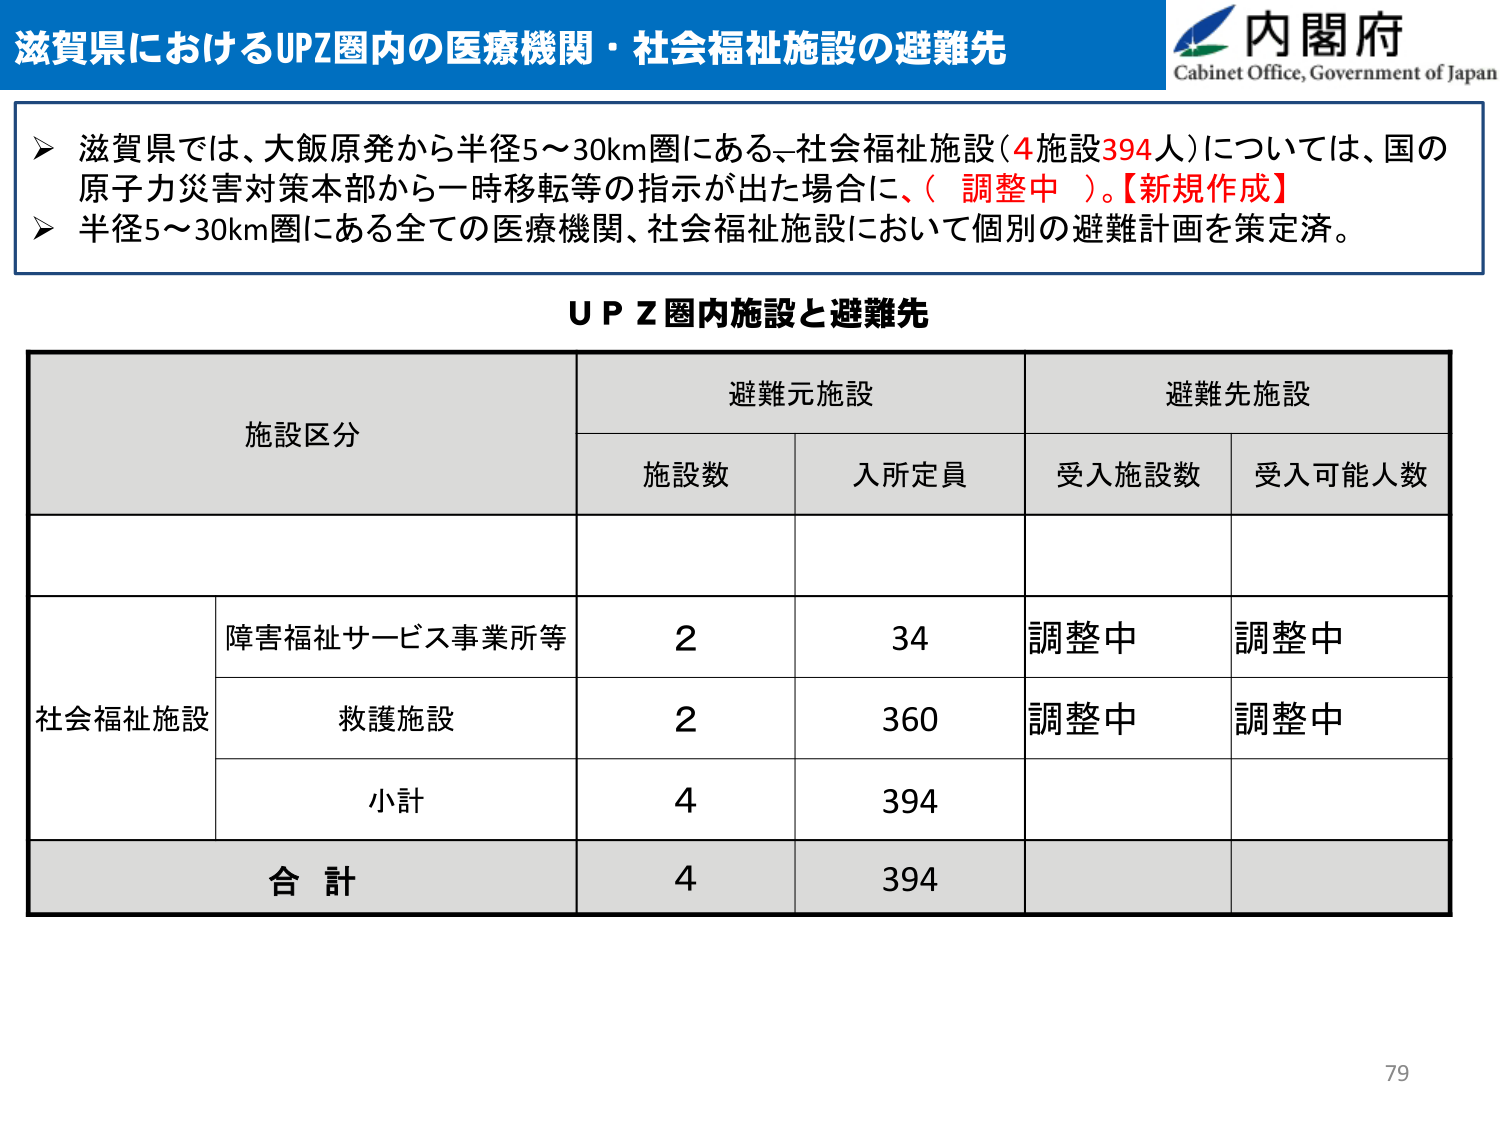
滋賀県におけるUPZ圏内の医療機関・社会福祉施設の避難先
内閣府
Cabinet Office, Government of Japan
▶ 滋賀県では、大飯原発から半径5～30km圏にある、社会福祉施設（4施設394人）については、国の原子力災害対策本部から一時移転等の指示が出た場合に、（調整中）。【新規作成】
▶ 半径5～30km圏にある全ての医療機関、社会福祉施設において個別の避難計画を策定済。
ＵＰＺ圏内施設と避難先
施設区分
避難元施設
避難先施設
施設数
入所定員
受入施設数
受入可能人数
社会福祉施設
障害福祉サービス事業所等
2
34
調整中
調整中
救護施設
2
360
調整中
調整中
小計
4
394
合計
4
394
79